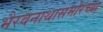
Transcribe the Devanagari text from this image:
भैरवनाथासमोरच्या